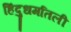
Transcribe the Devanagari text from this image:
हिंदुधर्मातली